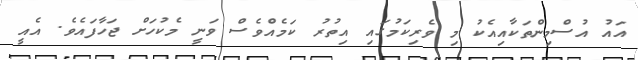
އައު އުސްމިންތަކާއިއެކު މި ވެރިކަމުގައި އިތުރު ކަމެއްވެސް ވަނީ މެކުހަށް ޖަހާފައެވެ. އެއީ